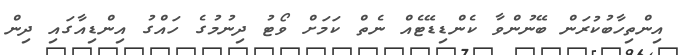
އިންތިހާބުކުރަން ބޭނުންވާ ކެންޑިޑޭޓެއް ނެތް ކަމަށް ވޯޓު ދިނުމުގެ ހައްގު އިންޑިއާގައި ދިން